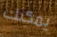
يمكنك